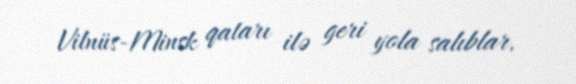
Vilnüs-Minsk qatarı ilə geri yola salıblar.